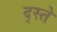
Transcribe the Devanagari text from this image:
द्स्ते